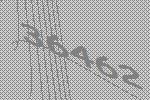
36462